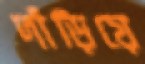
দাঁড়িয়ে